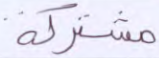
مشتركة